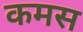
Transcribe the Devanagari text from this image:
कमस